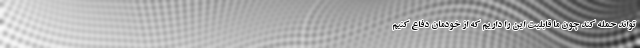
‌تواند حمله کند چون ما قابلیت این را داریم که از خودمان دفاع کنیم